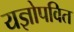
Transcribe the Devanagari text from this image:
यज्ञोपवित